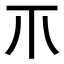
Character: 𤓯